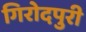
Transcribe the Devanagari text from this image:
गिरोदपुरी